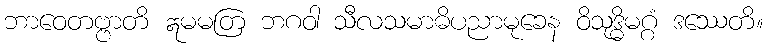
ဘာဝေတဗ္ဗာတိ ဣမမတြ ဘဂဝါ သီလသမာဓိပညာမုခေန ဝိသုဒ္ဓိမဂ္ဂံ ဒဿေတိ။